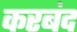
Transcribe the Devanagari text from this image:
करबंद